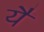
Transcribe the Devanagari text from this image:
यैं